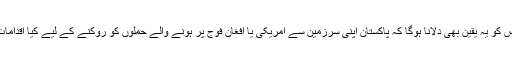
انھیں کانگریس کو یہ یقین بھی دلانا ہوگا کہ پاکستان اپنی سرزمین سے امریکی یا افغان فوج پر ہونے والے حملوں کو روکنے کے لیے کیا اقدامات کر رہا ہے۔